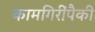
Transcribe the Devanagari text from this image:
कामगिरींपैकी